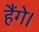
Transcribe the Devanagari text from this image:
हैंगे।